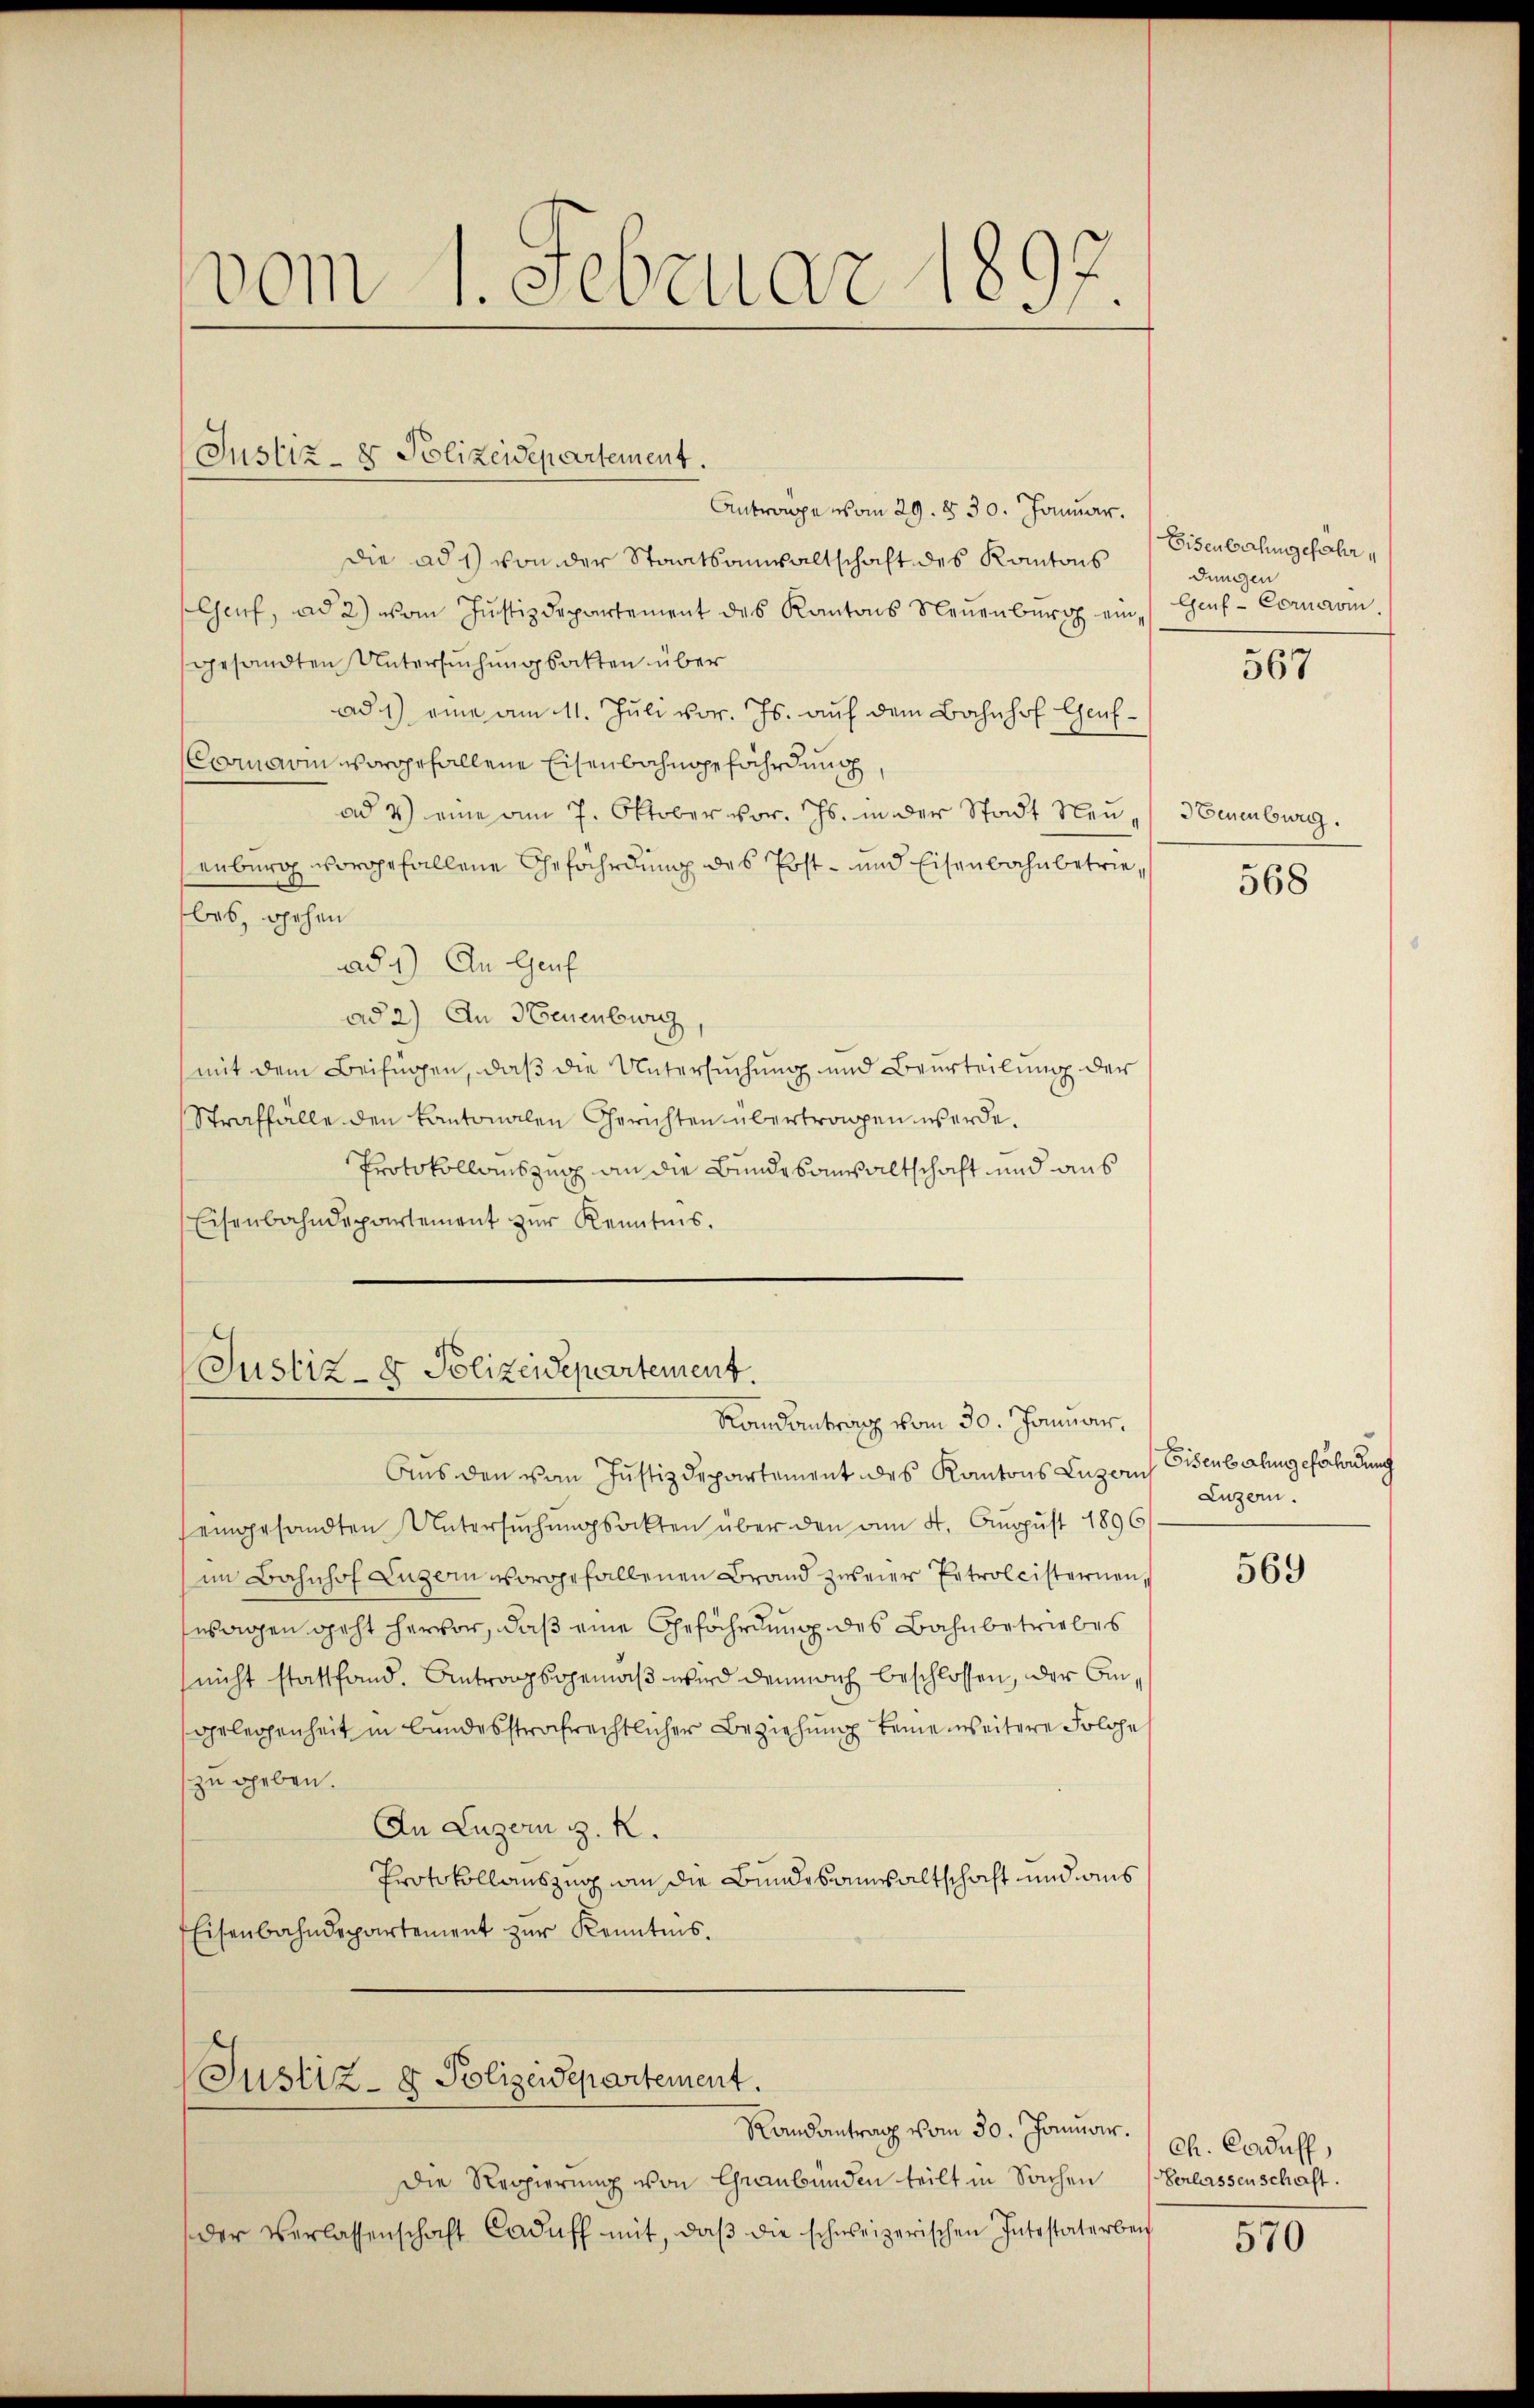
vom 1. Februar 1897.

Antrage vom 29. § 30. Januar.
die ad 1) von der Staatsanwaltschaft des Kantons
(Genf, ad 2) vom Justizdepartement des Kantons Neuenburg ein Genf - Cornavin
gesandten Untersuchungsakten über
ad 1) eine am 11. Juli vor. Js. auf dem Bahnhof Genf¬
Cornarin vorgefallene Eisenbahngefährdung
ad 3) eine am 7. Oktober vor. Js. in der Stadt Neu - Neuenburg.
senberg vorgefallene Gefährdung des Post- und Eisenbahnbetriebes, gehen
aad 1) An Genf
ad 2) An Neuenburg
(mit dem Beifügen, daß die Untersuchung und Beurteilung der
Straffälle den kantonalen Gerichten übertragen werde.
Protokollauszusch an die Bunde sanwaltschaft und aus
Eisenbahndepartement zŭr Kenntnis.

Justiz- & Polizeidepartement.

Justiz- & Polizeidepartement.
Randantrag vom 30. Januar.

Aus den von Justizdepartement des Kantons Luzern,
eingesandten Untersuchungsockten über den am 4. August 1896
im Bahnhof Luzern vorgefallenen Brand zweier Entrolcisternen,
swagen geht hervor, daß eine Gefährdung des Bahnbetriebes
nicht stattfand. Antragsgemäß wird demnach beschlossen, der Angelegenheit in bundesstrafrechtlicher Beziehung keinerseitere Folge
zu geben.
An Luzern z. R.
Protokollauszug an die Bundesanwaltschaft und aus
Eisenbahndepartement zur Kenntnis.

(Justiz- & Polizeidepartement.

Randantrag vom 30. Januar.
Die Regierung von Graubünden teilt in Sachen
der Verlassenschaft Caduff mit, daβ die schweizerischen Intestaterbei

Eisenbahngefähr
dungen

567

568

Eisenbahngefährdung
Luzern.

569

Ch. Caduff,
Verlassenschaft.

570